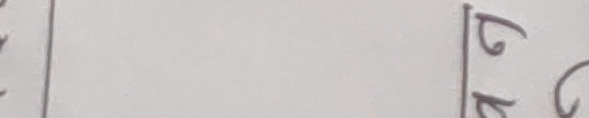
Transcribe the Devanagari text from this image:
त् भ